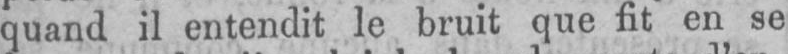
quand il entendit le bruit que fit en se